Report on vaccination in Madras 1922-1929 - 1922-1929
Year: 1922
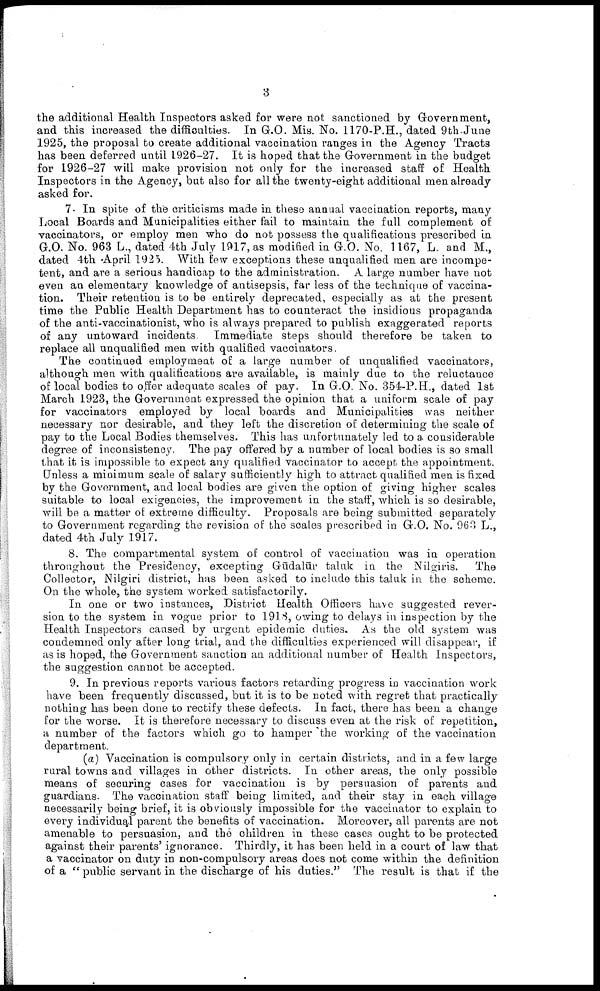
3
the additional Health Inspectors asked for were not sanctioned by Government,
and this increased the difficulties. In G.O. Mis. No. 1170-P.H., dated 9th.June
1925, the proposal to create additional vaccination ranges in the Agency Tracts
has been deferred until 1926-27. It is hoped that the Government in the budget
for 1926-27 will make provision not only for the increased staff of Health
Inspectors in the Agency, but also for all the twenty-eight additional men already
asked for.
7. In spite of the criticisms made in these annual vaccination reports, many
Local Boards and Municipalities either fail to maintain the full complement of
vaccinators, or employ men who do not possess the qualifications prescribed in
G.O. No. 963 L., dated 4th July 1917, as modified in G.O. No. 1167, L. and M.,
dated 4th April 1925. With few exceptions these unqualified men are incompe
tent, and are a serious handicap to the administration. A large number have not
even an elementary knowledge of antisepsis, far less of the technique of vaccina
tion. Their retention is to be entirely deprecated, especially as at the present
time the Public Health Department has to counteract the insidious propaganda
of the anti-vaccinationist, who is always prepared to publish exaggerated reports
of any untoward incidents. Immediate steps should therefore be taken to
replace all unqualified men with qualified vaccinators.
The continued employment of a large number of unqualified vaccinators,
although men with qualifications are available, is mainly due to the reluctance
of local bodies to offer adequate scales of pay. In G.O. No. 354-P.H., dated 1st
March 1923, the Government expressed the opinion that a uniform scale of pay
for vaccinators employed by local boards and Municipalities was neither
necessary nor desirable, and they left the discretion of determining the scale of
pay to the Local Bodies themselves. This has unfortunately led to a considerable
degree of inconsistency. The pay offered by a number of local bodies is so small
that it is impossible to expect any qualified vaccinator to accept the appointment.
Unless a minimum scale of salary sufficiently high to attract qualified men is fixed
by the Government, and local bodies are given the option of giving higher scales
suitable to local exigencies, the improvement in the staff, which is so desirable,
will be a matter of extreme difficulty. Proposals are being submitted separately
to Government regarding the revision of the scales prescribed in G.O. No. 963 L.,
dated 4th July 1917.
8. The compartmental system of control of vaccination was in operation
throughout the Presidency, excepting Gūdalūr taluk in the Nilgiris. The
Collector, Nilgiri district, has been asked to include this taluk in the scheme.
On the whole, the system worked satisfactorily.
In one or two instances, District Health Officers have suggested rever
sion to the system in vogue prior to 1918, owing to delays in inspection by the
Health Inspectors caused by urgent epidemic duties. As the old system was
condemned only after long trial, and the difficulties experienced will disappear, if
as is hoped, the Government sanction an additional number of Health Inspectors,
the suggestion cannot be accepted.
9. In previous reports various factors retarding progress in vaccination work
have been frequently discussed, but it is to be noted with regret that practically
nothing has been done to rectify these defects. In fact, there has been a change
for the worse. It is therefore necessary to discuss even at the risk of repetition,
a number of the factors which go to hamper the working of the vaccination
department.
(a) Vaccination is compulsory only in certain districts, and in a few large
rural towns and villages in other districts. In other areas, the only possible
means of securing cases for vaccination is by persuasion of parents and
guardians. The vaccination staff being limited, and their stay in each village
necessarily being brief, it is obviously impossible for the vaccinator to explain to
every individual parent the benefits of vaccination. Moreover, all parents are not
amenable to persuasion, and the children in these cases ought to be protected
against their parents' ignorance. Thirdly, it has been held in a court of law that
a vaccinator on duty in non-compulsory areas does not come within the definition
of a " public servant in the discharge of his duties." The result is that if the